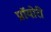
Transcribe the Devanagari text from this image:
प्रॉयोरी